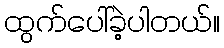
ထွက်ပေါ်ခဲ့ပါတယ်။